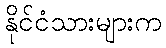
နိုင်ငံသားများက